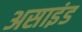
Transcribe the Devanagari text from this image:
असाइंड